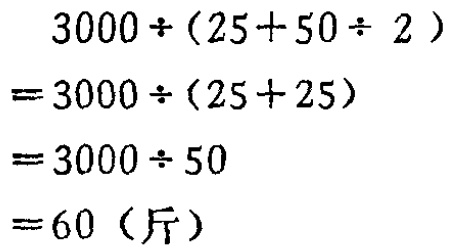
\[
\begin{align*}
&3000\div(25 + 50\div2)\\
=&3000\div(25 + 25)\\
=&3000\div50\\
=&60 (\text{斤})
\end{align*}
\]